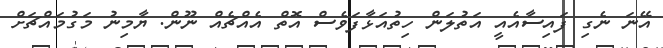
އޭނަ ނެގި ފައިސާއެއީ އަތުލަން ހިތުއަޅާފަވެސް އޮތް އެއްޗެއް ނޫން. ޔާމިނު މަގުމައްޗަށް